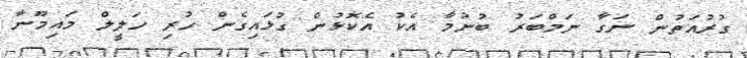
ގުރުއަތުން ނަގާ ނަމްބަރު ބުނުމާ އެކު އެކޮޅުން ގުޅައިގެން ހުރި ހަލީލް މައިމޫނާ